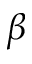
\beta